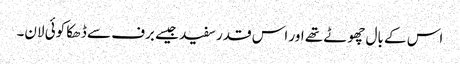
اس کے بال چھوٹے تھے اور اس قدر سفید جیسے برف سے ڈھکا کوئی لان۔